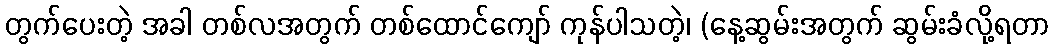
တွက်ပေးတဲ့ အခါ တစ်လအတွက် တစ်ထောင်ကျော် ကုန်ပါသတဲ့၊ (နေ့ဆွမ်းအတွက် ဆွမ်းခံလို့ရတာ